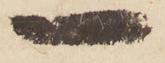
一